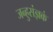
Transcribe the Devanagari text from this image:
जन्हुसंज्ञकं